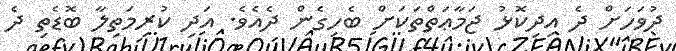
ދުވަހަށް ދެ އިދިކޮޅު ޖަމާޢަތްތަކަށް ބެހިގެން ދެއެވެ. އަދި ކުރިމަތިލާ ބޮޑެތި ދެ